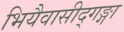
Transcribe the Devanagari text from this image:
भियैवासीद्गङ्गा